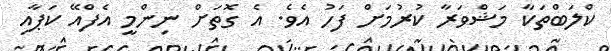
ކްލަބްތަކާ މަޝްވަރާ ކުރުމަށް ފަހު އެވެ. އެ ގޮތަށް ނިންމީ އެފްއޭ ކަޕާއި